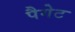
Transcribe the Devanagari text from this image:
पैगेट